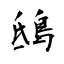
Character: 鴟